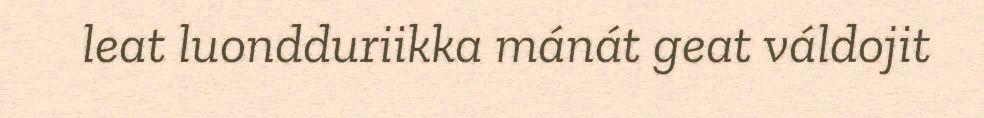
leat luondduriikka mánát geat váldojit